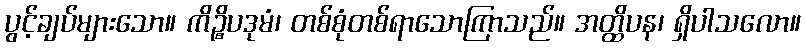
ပွင့်ချပ်များသော။ ကိဉ္စိပဒုမံ၊ တစ်စုံတစ်ရာသောကြာသည်။ အတ္ထိပန၊ ရှိပါသလော။